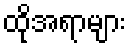
ထိုအရာများ